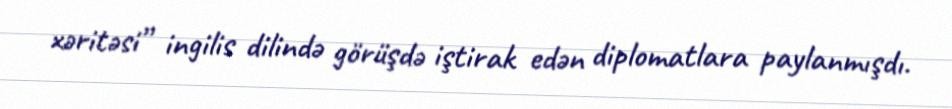
xəritəsi” ingilis dilində görüşdə iştirak edən diplomatlara paylanmışdı.